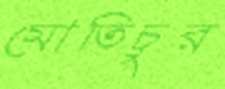
মোতিচুর